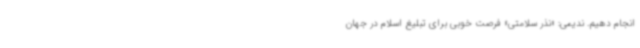
انجام دهیم. ندیمی: «نذر سلامتی» فرصت خوبی برای تبلیغ اسلام در جهان